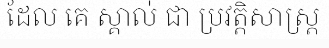
ដែល គេ ស្គាល់ ជា ប្រវត្តិសាស្ត្រ